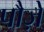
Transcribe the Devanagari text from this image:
पौज़े